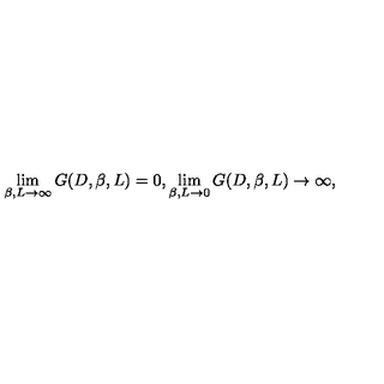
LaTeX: \lim _ { \beta , L \rightarrow \infty } G ( D , \beta , L ) = 0 , \lim _ { \beta , L \rightarrow 0 } G ( D , \beta , L ) \rightarrow \infty ,